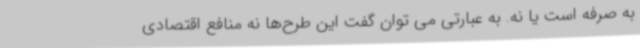
به صرفه است یا نه. به عبارتی می توان گفت این طرح‌ها نه منافع اقتصادی